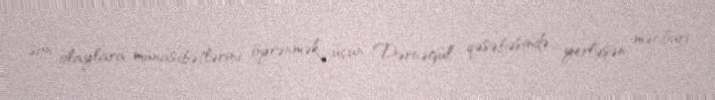
son olaylara münasibətlərini öyrənmək üçün Dərnəgül qəsəbəsində yerləşən məcburi